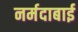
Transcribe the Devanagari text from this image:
नर्मदाबाई